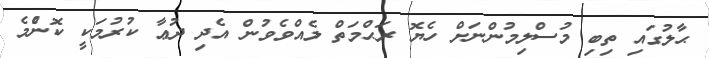
ޙާލުގައި ތިބި މުސްލިމުންނަށް ހެޔޮ ރަޙްމަތް ލެއްވެވުން އެދި ދުޢާ ކުރުމަކީ ކޮންެމެ